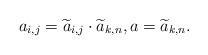
LaTeX: \begin{align*}a_{i,j}=\widetilde{a}_{i,j}\cdot \widetilde{a}_{k,n},a=\widetilde{a}_{k,n}.\end{align*}